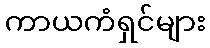
ကာယကံရှင်များ